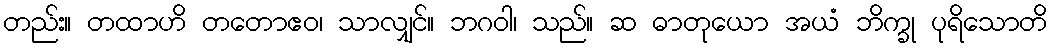
တည်း။ တထာဟိ တတောဧဝ၊ သာလျှင်။ ဘဂဝါ၊ သည်။ ဆ ဓာတုယော အယံ ဘိက္ခု ပုရိသောတိ